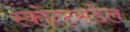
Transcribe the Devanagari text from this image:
स्कोत्ट्सडेल